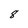
Character: 8